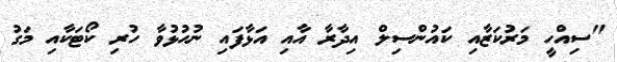
"ސިއްހީ މަރުކަޒާއި ކައުންސިލް އިދާރާ އާއި އަޅާފައި ނުހުޅުވާ ހުރި ކޯޓަކާއި މަގު